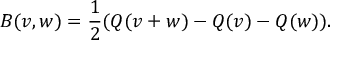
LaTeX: B ( v , w ) = { \frac { 1 } { 2 } } ( Q ( v + w ) - Q ( v ) - Q ( w ) ) .